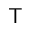
\mathsf { T }